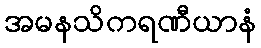
အမနသိကရဏီယာနံ